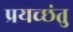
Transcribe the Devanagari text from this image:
प्रयच्छंतु